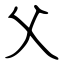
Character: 父